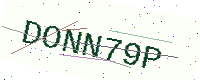
Text: DONN79P